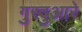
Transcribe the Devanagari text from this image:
गुरदुआरे